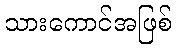
သားကောင်အဖြစ်